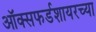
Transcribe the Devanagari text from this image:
ऑक्सफर्डशायरच्या